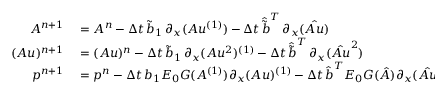
\begin{array} { r l } { A ^ { n + 1 } } & { { } = A ^ { n } - \Delta t \, \tilde { b } _ { 1 } \, \partial _ { x } ( A u ^ { ( 1 ) } ) - \Delta t \, \boldsymbol { \hat { \tilde { b } } } ^ { T } \, \partial _ { x } ( \boldsymbol { \hat { A u } } ) } \\ { ( A u ) ^ { n + 1 } } & { { } = ( A u ) ^ { n } - \Delta t \, \tilde { b } _ { 1 } \, \partial _ { x } ( A u ^ { 2 } ) ^ { ( 1 ) } - \Delta t \, \boldsymbol { \hat { \tilde { b } } } ^ { T } \, \partial _ { x } ( \boldsymbol { \hat { A u } ^ { 2 } } ) } \\ { p ^ { n + 1 } } & { { } = p ^ { n } - \Delta t \, b _ { 1 } E _ { 0 } G ( A ^ { ( 1 ) } ) \partial _ { x } ( A u ) ^ { ( 1 ) } - \Delta t \, \boldsymbol { \hat { b } } ^ { T } E _ { 0 } \boldsymbol { G } ( \boldsymbol { \hat { A } } ) \partial _ { x } ( \boldsymbol { \hat { A u } } ) } \end{array}